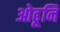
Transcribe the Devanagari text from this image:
ओढूनि